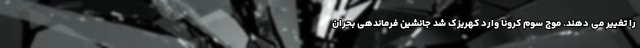
را تغییر می دهند. موج سوم کرونا وارد کهریزک شد جانشین فرماندهی بحران